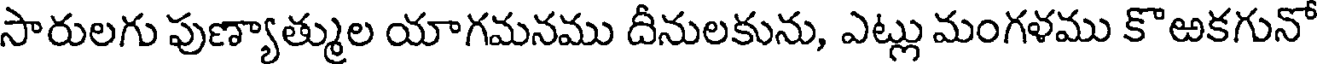
సారులగు పుణ్యాత్ముల యాగమనము దీనులకును, ఎట్లు మంగళము కొఱకగునో